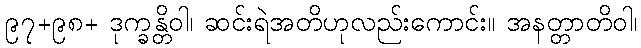
၉၇+၉၈+ ဒုက္ခန္တိဝါ၊ ဆင်းရဲအတိဟုလည်းကောင်း။ အနတ္တာတိဝါ၊